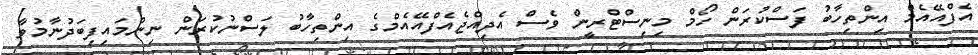
އެފްއޭއެމް އިންތިހާބު ފަސްކުރަން ހޯމް މިނިސްޓްރީން ވެސް އެދިއްޖެއެފްއޭއެމްގެ އިންތިހާބު ލަސްނުކުރަން ނިންމައިފިބަދުނާމުވާ